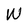
Character: w